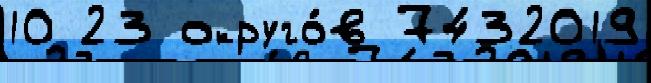
10 23 округо́в 7432019